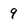
Character: 9